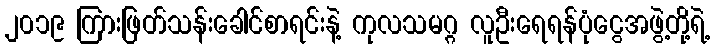
၂၀၁၉ ကြားဖြတ်သန်းခေါင်စာရင်းနဲ့ ကုလသမဂ္ဂ လူဦးရေရန်ပုံငွေအဖွဲ့တို့ရဲ့